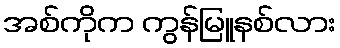
အစ်ကိုက ကွန်မြူနစ်လား